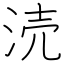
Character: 涜